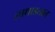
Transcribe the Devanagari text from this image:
लाथाडतात